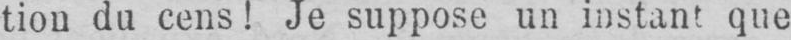
tion du cens! Je suppose un instant que